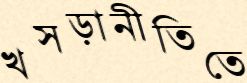
খসড়ানীতিতে